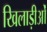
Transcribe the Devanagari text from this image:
खिलाड़ीओं